Civil Veterinary Department. United Provinces 1932-42 - 1932-1942
Year: 1932
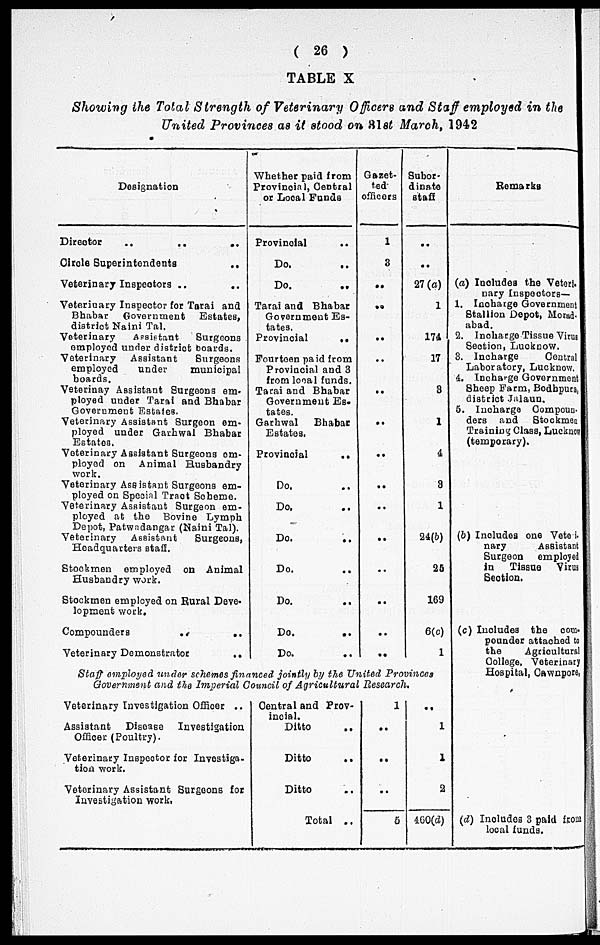
( 26 )
TABLE X
Showing the Total Strength of Veterinary Officers and Staff employed in the
United Provinces as it stood on 31st March, 1942
Designation
Director
..
..
..
Circle Superintendents
„
Veterinary Inspectors ..
..
Veterinary Inspector for Torai and
Bhabar
Government
Estates,
district Naini Tal.
Veterinary
Assistant
Burgeons
employed under district boards.
Veterinary Assistant
Burgeons
employed
under
municipal
boards.
Veterinay Assistant Surgeons em-
ployed under Tarai and Bhabar
Government Estates.
Veterinary Assistant Surgeon em-
ployed under Garhwal Bhabar
Estates.
Veterinary Assistant Surgeons em-
ployed on Animal Husbandry
work.
Veterinary Assistant Surgeons em-
ployed on Special Tract Scheme.
Veterinary Assistant Surgeon em-
ployed at the Bovine Lymph
Depot, Patwndangar (Naini Tal).
Veterinary
Assistant
Surgeons,
Headquarters staff.
Stockmen employed on Animal
Husbandry work.
Stockmen employed on Rural Deve-
lopment work.
Compounders
..
..
Veterinary Demonstrator
..
Whether paid from
Provincial, Central
or Local Funds
Provincial
..
Do.
Do.
Tarai and Bhabar
Government Es-
tates.
Provincial
..
Fourteen paid from
Provincial and 3
from local funds.
Tarai and Bhabar
Government Es-
tates.
Garhwal
Bhabar
Estates.
Provincial
..
Do.
Do.
Do.
Do.
Do.
Do.
..
Do. ..
Gazet-
ted
officers
1
3
..
..
..
..
..
..
..
..
..
..
..
..
..
..
Subor-
dinate
staff
..
..
27(a)
1
174
17
3
1
4
3
1
24(b)
25
169
6(c)
1
Staff employed under schemes financed jointly by the United Provinces
Government and the Imperial Council of Agricultural Research.
Veterinary Investigation Officer ..
Assistant
Disease
Investigation
Officer (Poultry).
Veterinary Inspector for Investiga-
tion work.
Veterinary Assistant Surgeons for
Investigation work.
Central and Prov-
incial.
Ditto
Ditto
Ditto
Total ..
1
..
..
..
5
..
1
1
2
460(d)
Remarks
(a) Inoludea the Veteri.
nary Inspectors—
1. Incharge Government
Stallion Depot, Morad-
abad.
2. Incharge Tissue Virus
Section, Lucknow.
3. Incharge
Central
Laboratory, Lucknow.
4. Incharge Government
Sheep Farm, Bodbpura,
district Jalaun.
5. Incharge Compoun-
ders and
Stockmen
Training Class, Lucknow
(temporary).
(b) Includes one Veteri-
nary
Assistant
Surgeon employed
in
Tissue Virus
Section.
(c) Includes the com-
pounder attached to
the
Agricultural
College, Veterinary
Hospital, Cawnpore,
(d) Includes 3 paid from
local funds.